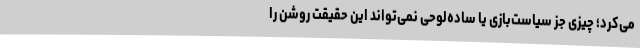
می‌کرد؛ چیزی جز سیاست‌بازی یا ساده‌لوحی نمی‌تواند این حقیقت روشن را